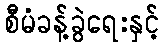
စီမံခန့်ခွဲရေးနှင့်